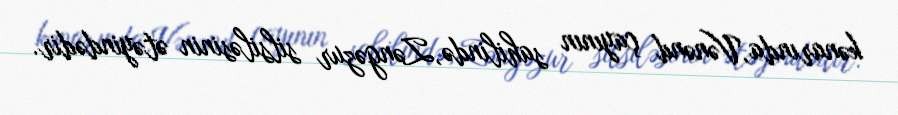
kənarında,Vənənd çayının sahilində,Zəngəzur silsiləsinin ətəyindədir.